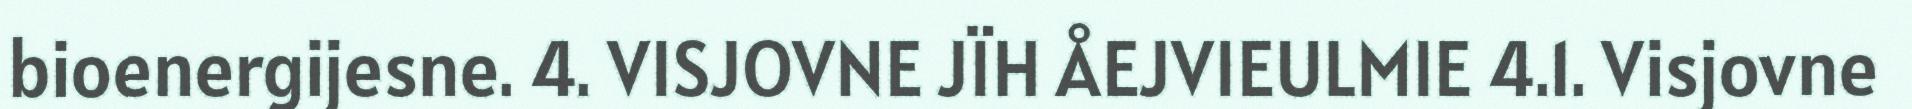
bioenergijesne. 4. VISJOVNE JÏH ÅEJVIEULMIE 4.1. Visjovne